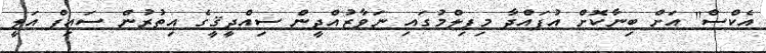
އެކްސް'' އަށް ބިނާކޮށް އުފައްދާ މިފިލްމުގައި ނަވާޒުއްދީން ސިއްދީޤީގެ އިތުރުން ސައިފް އަލީ